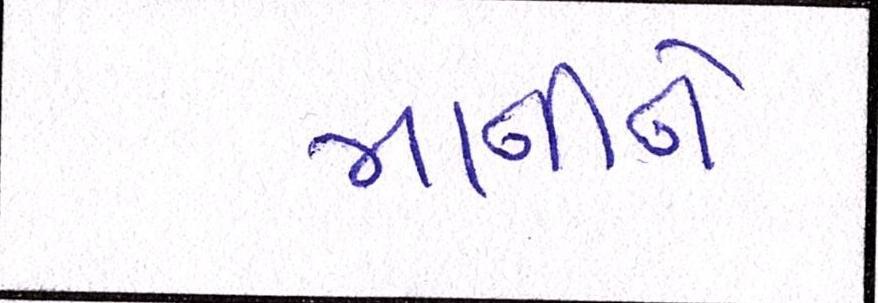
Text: માનીને